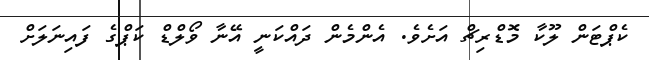
ކެޕްޓަން ލޫކާ މޮޑްރިޗް އަށެވެ. އެންމެން ދައްކަނީ އޭނާ ވޯލްޑް ކަޕްގެ ފައިނަލަށް